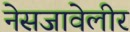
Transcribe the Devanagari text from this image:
नेसजावेलीर